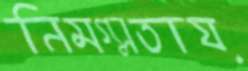
নিমগ্নতায়